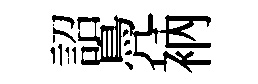
詔鳧衲